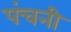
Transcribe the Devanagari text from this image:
पंचनी